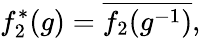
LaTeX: f_{2}^{*}(g)={\overline{{f_{2}(g^{-1})}}},